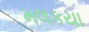
મલકયા